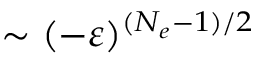
\sim ( - \varepsilon ) ^ { ( N _ { e } - 1 ) / 2 }